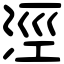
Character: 涇